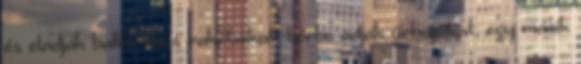
és eladják ballisztikus rakétáikat, bérbe adják űrhajóikat, egy másik